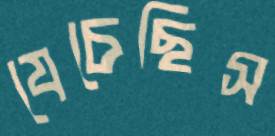
যেচেছিস